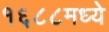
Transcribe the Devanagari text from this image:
१६८८मध्ये